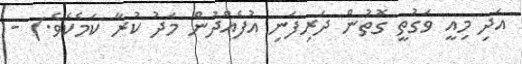
އަދި މިއީ ވަގުތީ ގޮތުން ދަރިފަނި އުފެއްދުން މަދު ކުރާ ކަމެކެވެ.) -